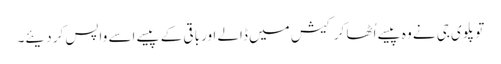
تو پلوی جی نے وہ پیسے اُٹھا کر کیش میں ڈالے اور باقی کے پیسے اسے واپس کر دیئے۔